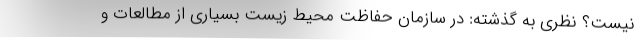
نيست؟ نظري به گذشته: در سازمان حفاظت محيط زيست بسياري از مطالعات و